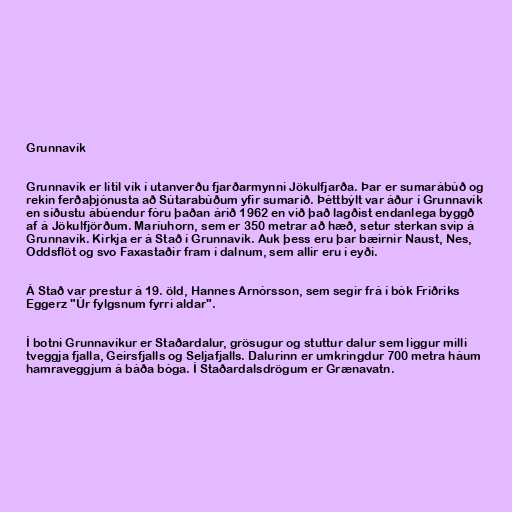
Grunnavík

Grunnavík er lítil vík í utanverðu fjarðarmynni Jökulfjarða. Þar er sumarábúð og
rekin ferðaþjónusta að Sútarabúðum yfir sumarið. Þéttbýlt var áður í Grunnavík
en síðustu ábúendur fóru þaðan árið 1962 en við það lagðist endanlega byggð
af á Jökulfjörðum. Maríuhorn, sem er 350 metrar að hæð, setur sterkan svip á
Grunnavík. Kirkja er á Stað í Grunnavík. Auk þess eru þar bæirnir Naust, Nes,
Oddsflöt og svo Faxastaðir fram í dalnum, sem allir eru í eyði.

Á Stað var prestur á 19. öld, Hannes Arnórsson, sem segir frá í bók Friðriks
Eggerz "Úr fylgsnum fyrri aldar".

Í botni Grunnavíkur er Staðardalur, grösugur og stuttur dalur sem liggur milli
tveggja fjalla, Geirsfjalls og Seljafjalls. Dalurinn er umkringdur 700 metra háum
hamraveggjum á báða bóga. Í Staðardalsdrögum er Grænavatn.